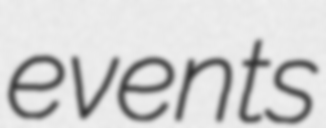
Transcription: events